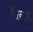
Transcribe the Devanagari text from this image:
सिन्ग़ी